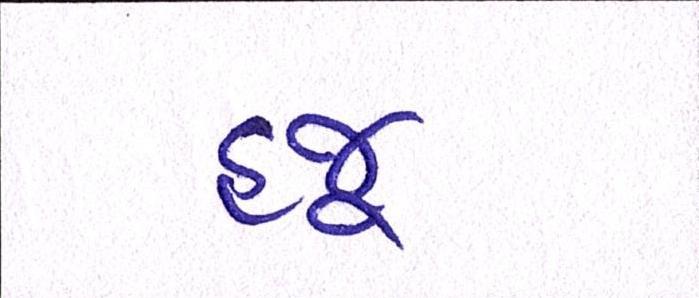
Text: હજૂ